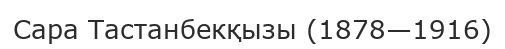
Сара Тастанбекқызы (1878—1916)